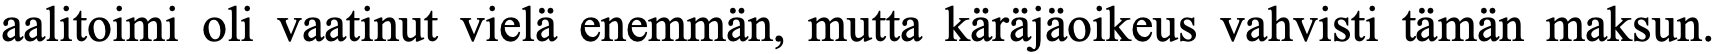
aalitoimi oli vaatinut vielä enemmän, mutta käräjäoikeus vahvisti tämän maksun.